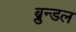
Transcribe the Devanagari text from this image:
ब्रुन्डल